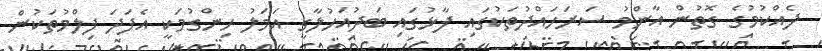
ދެއްކުމުގެ ގޮތުން އާންމު ސަރަހައްދުތަކުގައި ފާޅުގައި ބަދުއަހުލާގީ އަމަލު ހިންގުމަކީ އެފަދަ ފިލްމުތަކުން